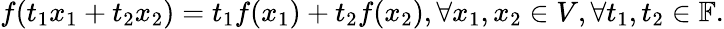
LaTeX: f(t_{1}x_{1}+t_{2}x_{2})=t_{1}f(x_{1})+t_{2}f(x_{2}),\forall x_{1},x_{2}\in V,\forall t_{1},t_{2}\in\mathbb{F}.